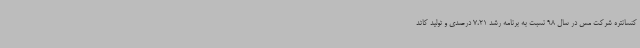
کنسانتره شرکت مس در سال 98 نسبت به برنامه رشد 7،21 درصدی و تولید کاتد